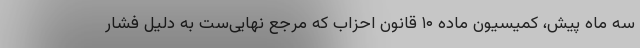
سه ماه پیش، کمیسیون ماده ۱۰ قانون احزاب که مرجع نهایی‌ست به دلیل فشار